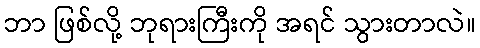
ဘာ ဖြစ်လို့ ဘုရားကြီးကို အရင် သွားတာလဲ။